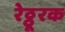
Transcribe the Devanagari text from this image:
रेठ्ठूरक